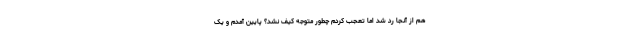
هم از آنجا رد شد اما تعجب کردم چطور متوجه کیف نشد؟ پایین آمدم و یک